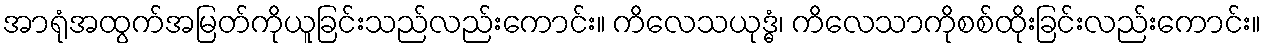
အာရုံအထွက်အမြတ်ကိုယူခြင်းသည်လည်းကောင်း။ ကိလေသယုဒ္ဓံ၊ ကိလေသာကိုစစ်ထိုးခြင်းလည်းကောင်း။